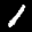
Label: 1